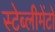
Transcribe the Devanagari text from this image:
स्टेब्लीमेंटो